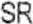
SR